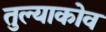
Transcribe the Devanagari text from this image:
तुल्याकोव